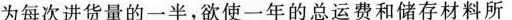
为每次进货量的一半，欲使一年的总运费和储存材料所